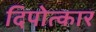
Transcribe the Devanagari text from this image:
दिपोत्कार